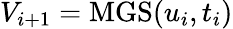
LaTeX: V_{i+1}=\mathrm{MGS}(u_{i},t_{i})